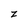
Character: z